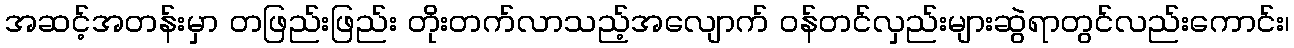
အဆင့်အတန်းမှာ တဖြည်းဖြည်း တိုးတက်လာသည့်အလျောက် ဝန်တင်လှည်းများဆွဲရာတွင်လည်းကောင်း၊